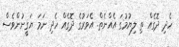
ހެދި ދޮގެއް ތި ލިޔުމުގަ އެއްނެތް. އެވަރުގެ ދޮގެއް ހެދި ނަމަ ޔަގީނުންވެސް